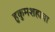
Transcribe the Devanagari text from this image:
हुकुमशहाचा